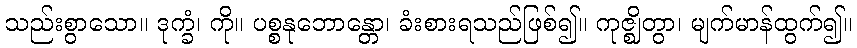
သည်းစွာသော။ ဒုက္ခံ၊ ကို။ ပစ္စနုဘောန္တော၊ ခံးစားရသည်ဖြစ်၍။ ကုဇ္ဈိတွာ၊ မျက်မာန်ထွက်၍။